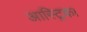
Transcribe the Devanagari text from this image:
आस्ट्रिक।